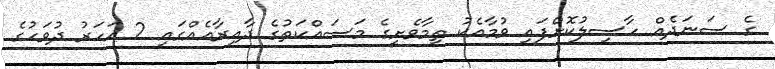
ގެ ސަނަދެއް ހާސިލުކޮށްފައި ވުމާއެކު ތިމާވެށީގެ މަސައްކަތުގެ ދާއިރާއެއްގައި 2 އަހަރު ދުވަހުގެ